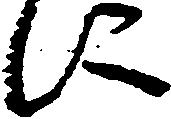
に